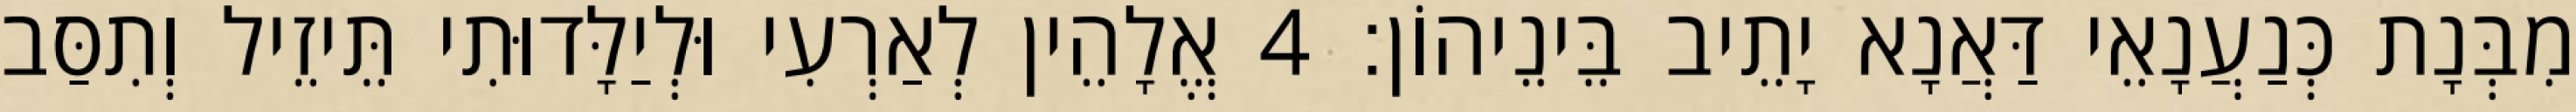
מִבְּנָת כְּנַעֲנָאֵי דַּאֲנָא יָתֵיב בֵּינֵיהוֹן׃ 4 אֱלָהֵין לְאַרְעִי וּלְיַלָּדוּתִי תֵּיזֵיל וְתִסַּב